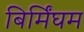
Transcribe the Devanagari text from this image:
बिर्मिंघम